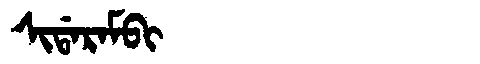
Manchu: ᠰᡳᡩᠠᡵᠠᠮᠪᡳ
Romanization: SIDARAMBI